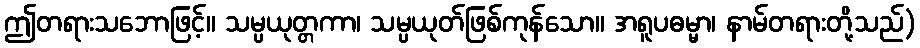
ဤတရားသဘောဖြင့်။ သမ္ပယုတ္တကာ၊ သမ္ပယုတ်ဖြစ်ကုန်သော။ အရူပဓမ္မာ၊ နာမ်တရားတို့သည်)